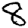
Digit: 8